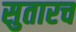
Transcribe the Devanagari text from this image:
सुतारच